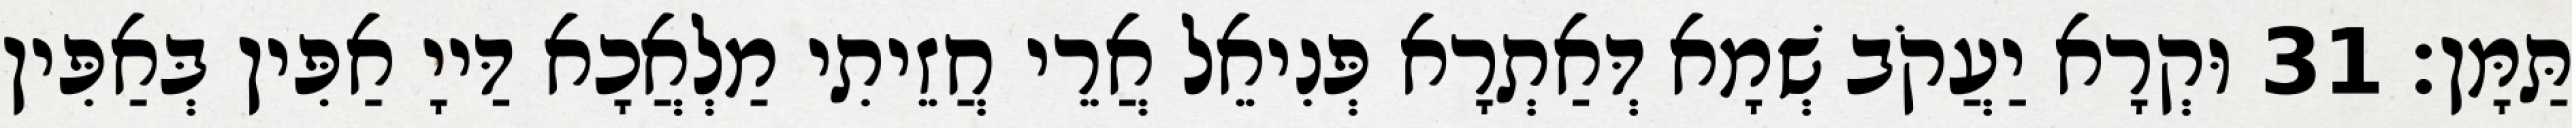
תַּמָּן׃ 31 וּקְרָא יַעֲקֹב שְׁמָא דְּאַתְרָא פְּנִיאֵל אֲרֵי חֲזֵיתִי מַלְאֲכָא דַּייָ אַפִּין בְּאַפִּין